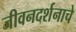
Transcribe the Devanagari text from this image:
जीवनदर्शनाचे